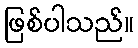
ဖြစ်ပါသည်။